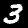
Digit: 3